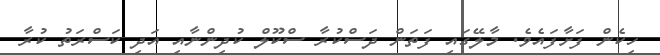
ހިކެން ފަށާފައެވެ. މާލޭގައި ފަތަން ދަސްކުރާ ސްކޫލް ކުދިންނާއި އަދި ކަސްރަތު ކުރާ